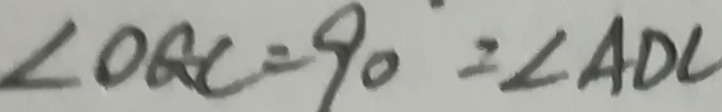
\angle O G C = 9 0 = \angle A D C